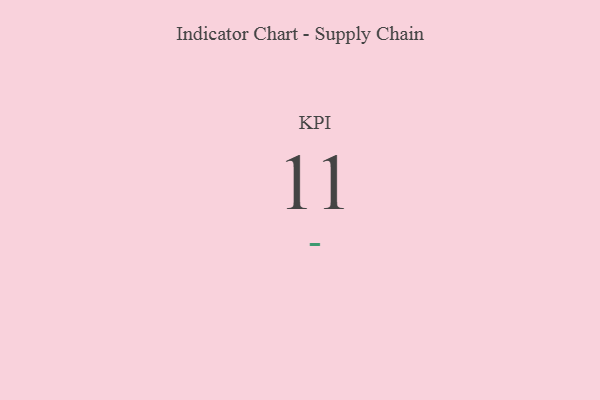
{"axis": {"x": "KPI", "y": "Value"}, "legend": [""], "data": [{"x": "KPI", "y": 11, "type": ""}]}